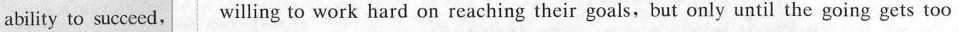
ability to succeed, willing to work hard on reaching their goals,but only until the going gets too